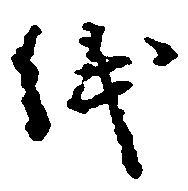
紙